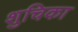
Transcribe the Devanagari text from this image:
शुचिका